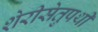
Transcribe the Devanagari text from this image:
शेरीसेतुपथी